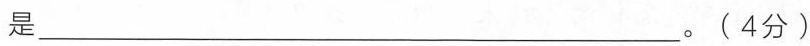
是___。(4分)